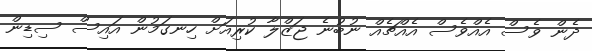
ދެން ވެސް އެއްވެސް އެއްޗެއް ނުބުނެ ޖަޒްލާ ކުރިއަށް ހިނގަމުން އައިސް ސިޑިން